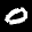
Label: 0